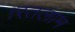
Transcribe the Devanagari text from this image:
।रतलाम